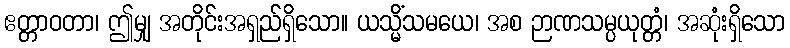
ဧတ္တာဝတာ၊ ဤမျှ အတိုင်းအရှည်ရှိသော။ ယသ္မိံသမယေ၊ အစ ဉာဏသမ္ပယုတ္တံ၊ အဆုံးရှိသော